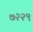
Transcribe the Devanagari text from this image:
७२२९